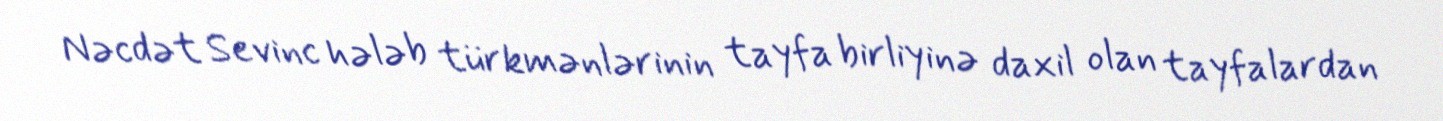
Nəcdət Sevinc hələb türkmənlərinin tayfa birliyinə daxil olan tayfalardan